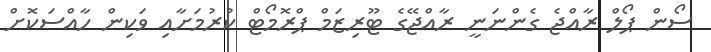
ސޯން ޕޯލް ރާއްޖެ ގެންނަނީ ރާއްޖޭގެ ޓޫރިޒަމް ޕްރޮމޯޓް ކުރުމަށާއި ވަކިން ހާއްސަކޮށް